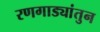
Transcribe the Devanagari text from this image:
रणगाड्यांतुन